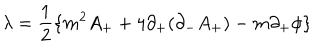
{ \lambda } = \frac { 1 } { 2 } \{ m ^ { 2 } A _ { + } + 4 { \partial } _ { + } ( { \partial } _ { - } A _ { + } ) - m { \partial } _ { + } { \phi } \}